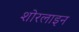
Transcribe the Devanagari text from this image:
शोरलाइन